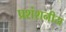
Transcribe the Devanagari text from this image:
प्रशंशनीय